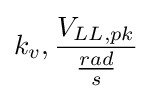
k_{v},{\frac {V_{LL,pk}}{\frac {rad}{s}}}